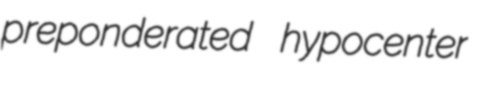
preponderated hypocenter